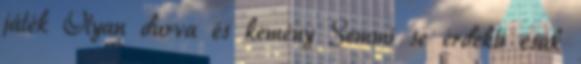
játék Olyan durva és kemény Semmi se érdekli csak